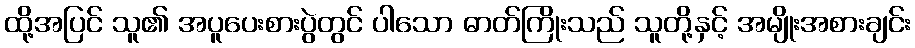
ထို့အပြင် သူ၏ အပူပေးစားပွဲတွင် ပါသော ဓာတ်ကြိုးသည် သူတို့နှင့် အမျိုးအစားချင်း